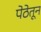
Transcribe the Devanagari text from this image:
पेठेतून